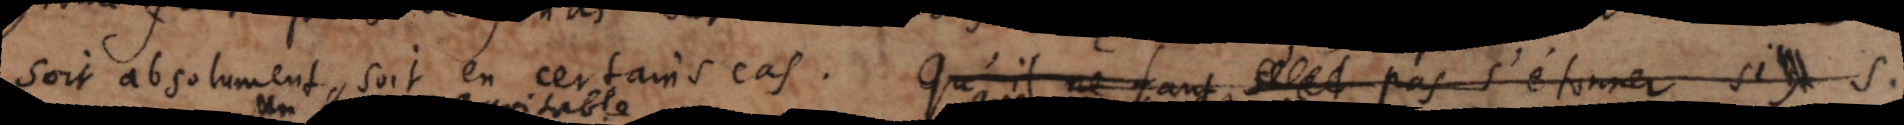
soit absolument, soit en certain cas. qu’il ne faut donc pas s’étonner si S.